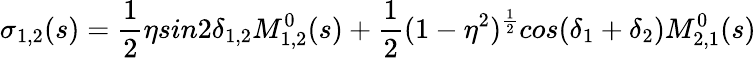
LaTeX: \sigma_{1,2}(s)=\frac{1}{2}\eta sin2\delta_{1,2}M_{1,2}^{0}(s)+\frac{1}{2}(1-\eta^{2})^{\frac{1}{2}}cos(\delta_{1}+\delta_{2})M_{2,1}^{0}(s)